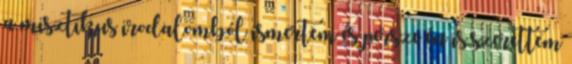
a misztikus irodalomból ismertem és persze én is szerettem